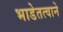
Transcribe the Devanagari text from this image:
भाडेतत्वाने